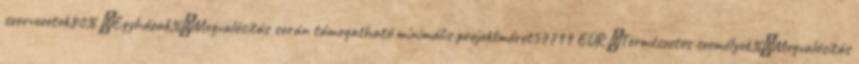
szervezetek80% ▪Egyházak%▪Megvalósítás során támogatható minimális projektméret57799 EUR ▪Természetes személyek%▪Megvalósítás